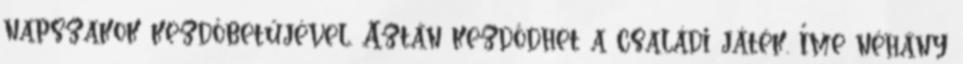
napszakok kezdőbetűjével. Aztán kezdődhet a családi játék. Íme néhány